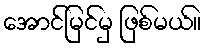
အောင်မြင်မှ ဖြစ်မယ်။